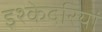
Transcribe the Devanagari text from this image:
इश्केदरियां